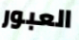
العبور